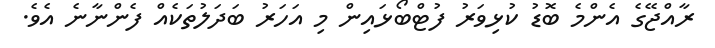
ރާއްޖޭގެ އެންމެ ބޮޑު ކުޅިވަރު ފުޓްބޯޅައިން މި އަހަރު ބަދަލުތަކެއް ފެންނާނެ އެވެ.